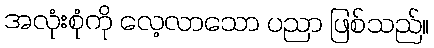
အလုံးစုံကို လေ့လာသော ပညာ ဖြစ်သည်။